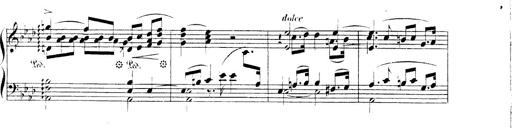
Title: 3 Chansons
Composer: Franz Liszt